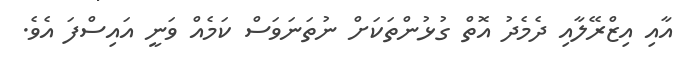
އާއި އިޒްރޭލާއި ދެމެދު އޮތް ގުޅުންތަކަށް ނުތަނަވަސް ކަމެއް ވަނީ އައިސްފަ އެވެ.